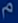
m